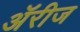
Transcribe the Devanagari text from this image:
अॅरीज